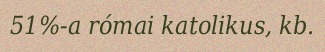
51%-a római katolikus, kb.